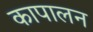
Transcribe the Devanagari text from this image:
कापालन